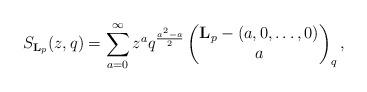
LaTeX: \begin{align*}S_{\mathbf{L}_p}(z,q)=\sum_{a=0}^{\infty} z^aq^{\frac{a^2-a}{2}} \begin{pmatrix} {\mathbf{L}_p-(a,0,\dots,0)} \\ a \end{pmatrix}_q, \end{align*}